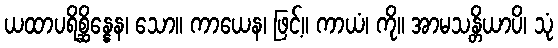
ယထာပရိစ္ဆိန္နေန၊ သော။ ကာယေန၊ ဖြင့်။ ကာယံ၊ ကို။ အာမသန္တိယာပိ၊ သုံ